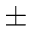
\pm